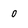
Character: 0